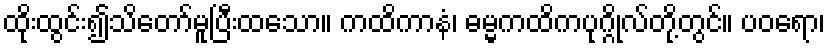
ထိုးထွင်း၍သိတော်မူပြီးထသော။ ကထိကာနံ၊ ဓမ္မကထိကပုဂ္ဂိုလ်တို့တွင်။ ပဝရော၊